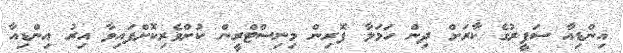
އިންޑިއާ ސަފީރުގެ ކާރަށް ދިން ހަމަލާ ފޮރިން މިނިސްޓްރީން ކުށްވެރިކޮށްފައިވާ އިރު އިންޑިއާ